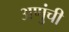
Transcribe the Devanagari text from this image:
अणुंची